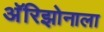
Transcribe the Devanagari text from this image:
अॅरिझोनाला